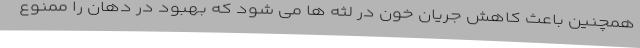
همچنین باعث کاهش جریان خون در لثه ها می شود که بهبود در دهان را ممنوع